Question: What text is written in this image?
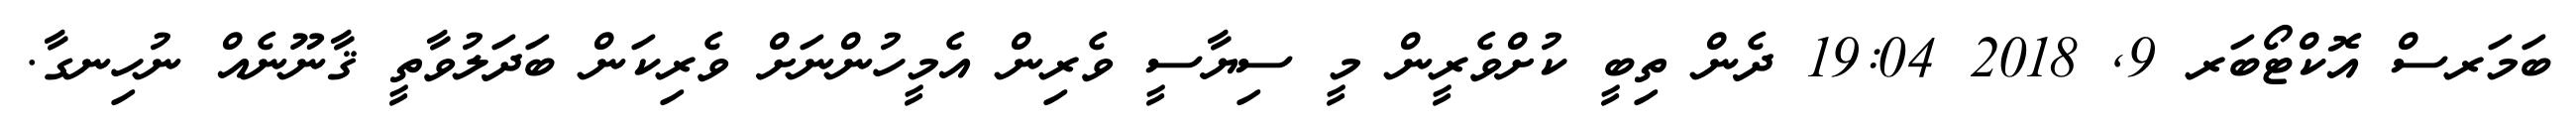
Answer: ބަމަރސް އޮކްޓޯބަރ 9, 2018 19:04 ދެން ތިބީ ކުށްވެރީން މީ ސިޔާސީ ވެރިން އެމީހުންނަށް ވެރިކަން ބަދަލުވާތީ ޤާނޫނެއް ނުހިނގާ.